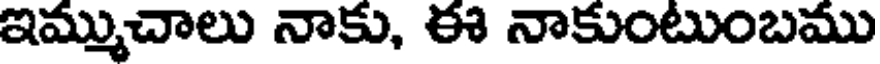
ఇమ్ముచాలు నాకు, ఈ నాకుంటుంబము